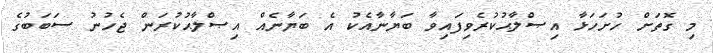
މި ގޮތަށް ހުށަހަޅާ އިޞްލާޙުކުރެވިފައިވާ ބަޔާނާއެކު އެ ބަޔާނެއް އިޞްލާޙުކުރަން ޖެހުނު ސަބަބުގެ